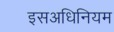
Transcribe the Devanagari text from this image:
इसअधिनियम